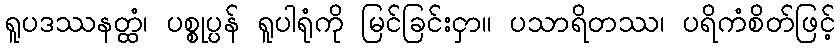
ရူပဒဿနတ္ထံ၊ ပစ္စုပ္ပန် ရူပါရုံကို မြင်ခြင်းငှာ။ ပသာရိတဿ၊ ပရိကံစိတ်ဖြင့်